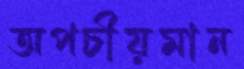
অপচীয়মান